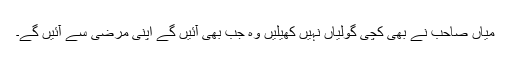
میاں صاحب نے بھی کچی گولیاں نہیں کھیلیں وہ جب بھی آئیں گے اپنی مرضی سے آئیں گے۔